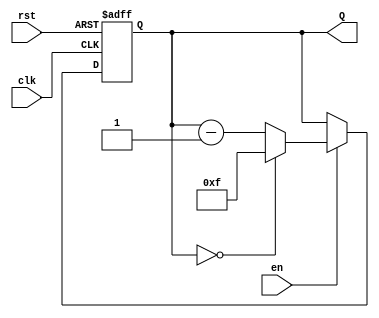
module down_counter #(
    parameter N = 4 // Parameter for the number of bits (default is 4)
)(
    input wire clk,    // Clock signal
    input wire rst,    // Asynchronous reset signal
    input wire en,     // Enable signal
    output reg [N-1:0] Q // Current count value
);

    // Maximum count value (2^N - 1)
    localparam MAX_COUNT = (1 << N) - 1;

    // Always block for synchronous logic
    always @(posedge clk or posedge rst) begin
        if (rst) begin
            // Reset the counter to maximum value
            Q <= MAX_COUNT;
        end else if (en) begin
            // Decrement the counter
            if (Q == 0) begin
                Q <= MAX_COUNT; // Wrap around to maximum value
            end else begin
                Q <= Q - 1; // Decrement the counter
            end
        end
    end

endmodule